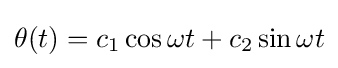
\theta (t)=c_{1}\cos \omega t+c_{2}\sin \omega t